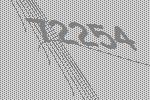
72254